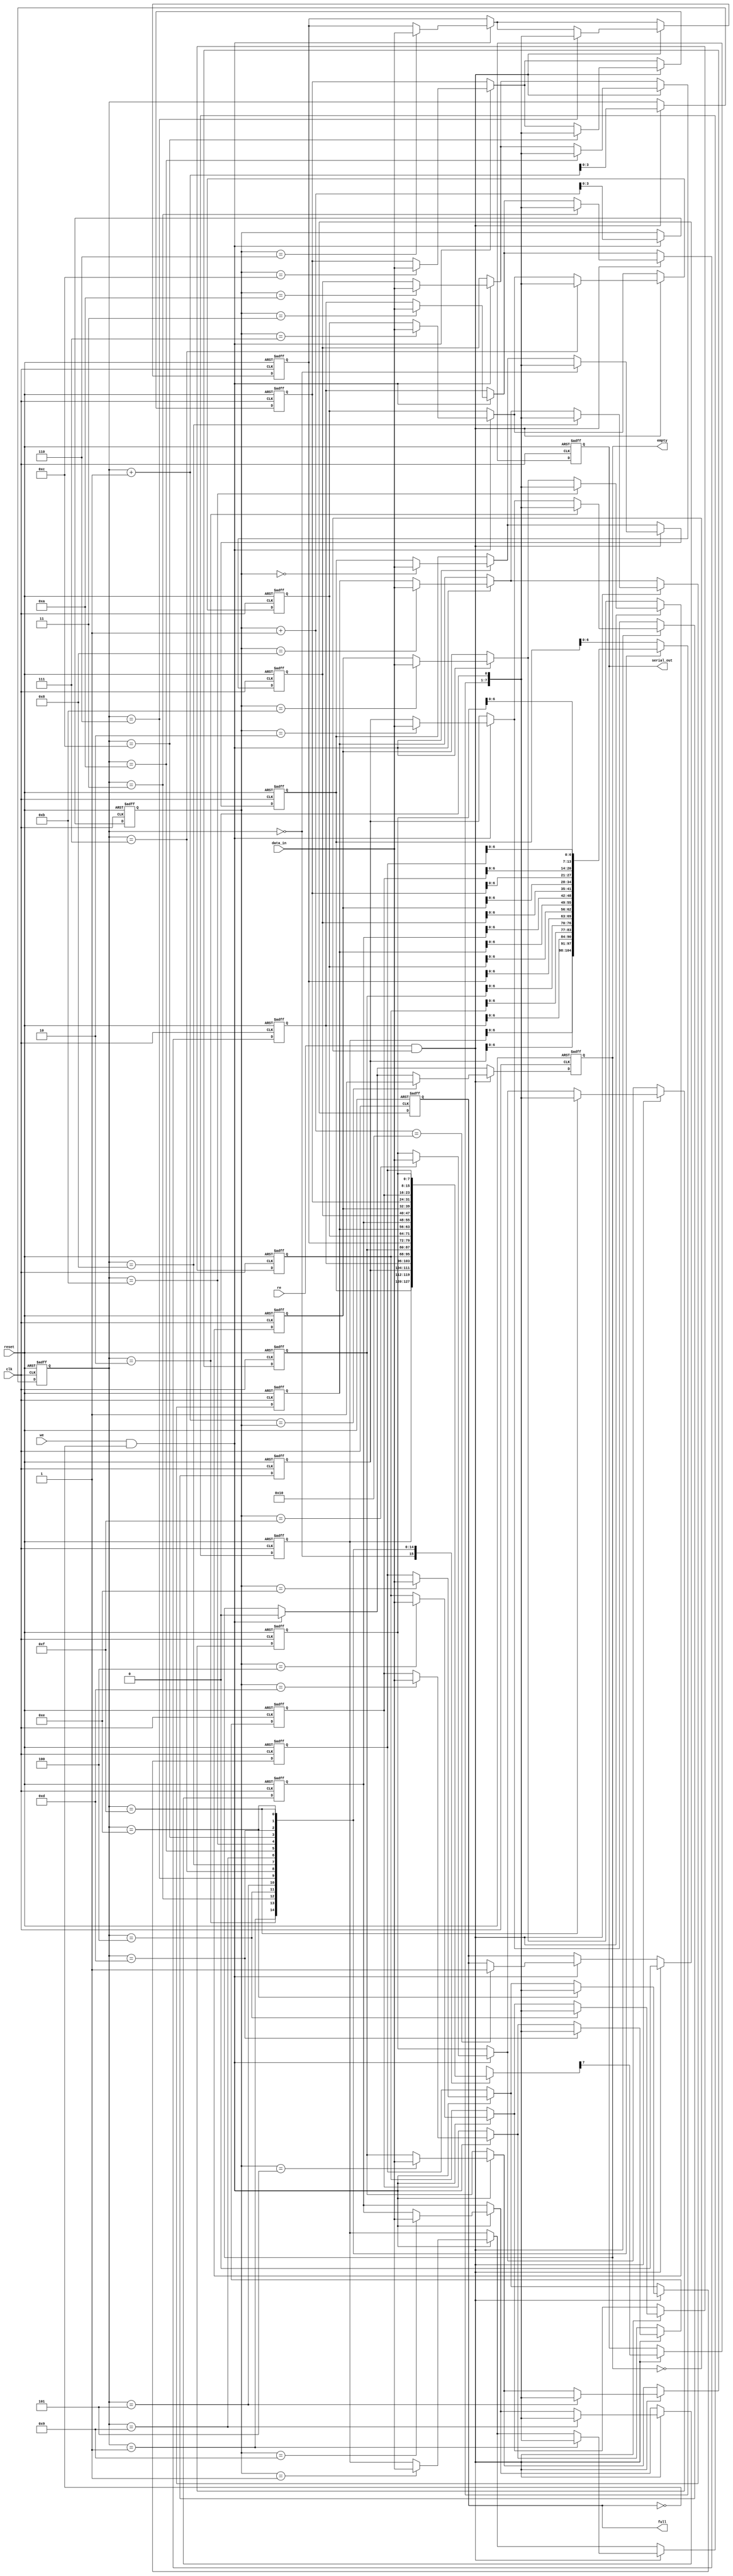
module fifo_piso #(
    parameter DATA_WIDTH = 8,  // Width of the parallel data input
    parameter FIFO_DEPTH = 16   // Number of registers in the FIFO (depth)
)(
    input wire clk,               // Clock signal
    input wire reset,             // Reset signal
    input wire we,                // Write enable
    input wire re,                // Read enable
    input wire [DATA_WIDTH-1:0] data_in, // Parallel input data
    output reg serial_out,        // Serial output
    output reg full,              // Full flag
    output reg empty              // Empty flag
);

    reg [DATA_WIDTH-1:0] fifo [0:FIFO_DEPTH-1]; // FIFO storage
    reg [clog2(FIFO_DEPTH)-1:0] wr_ptr;         // Write pointer
    reg [clog2(FIFO_DEPTH)-1:0] rd_ptr;         // Read pointer
    integer i;

    // Function to calculate the log2 of a number
    function integer clog2(input integer value);
        begin
            value = value - 1;
            for (clog2 = 0; value > 0; clog2 = clog2 + 1)
                value = value >> 1;
        end
    endfunction

    // Reset and initialization
    always @(posedge clk or posedge reset) begin
        if (reset) begin
            wr_ptr <= 0;
            rd_ptr <= 0;
            full <= 0;
            empty <= 1;
            serial_out <= 0;
            // Clear FIFO
            for (i = 0; i < FIFO_DEPTH; i = i + 1) begin
                fifo[i] <= {DATA_WIDTH{1'b0}};
            end
        end else begin
            // Write Operation
            if (we && !full) begin
                fifo[wr_ptr] <= data_in;
                wr_ptr <= wr_ptr + 1;
                empty <= 0; // At least one item in FIFO
                // Check if full
                if (wr_ptr + 1 == FIFO_DEPTH) begin
                    full <= 1;
                end
            end

            // Read Operation
            if (re && !empty) begin
                serial_out <= fifo[rd_ptr][DATA_WIDTH-1]; // Output the MSB of the current word
                fifo[rd_ptr] <= {fifo[rd_ptr][DATA_WIDTH-2:0], 1'b0}; // Shift out the bit
                rd_ptr <= rd_ptr + 1;
                full <= 0; // At least one item read

                // Check if empty
                if (rd_ptr + 1 == wr_ptr) begin
                    empty <= 1;
                end
            end
        end
    end
endmodule